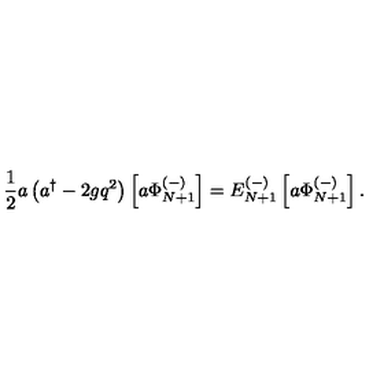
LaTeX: { \frac { 1 } { 2 } } a \left( a ^ { \dagger } - 2 g q ^ { 2 } \right) \left[ a \Phi _ { N + 1 } ^ { ( - ) } \right] = E _ { N + 1 } ^ { ( - ) } \left[ a \Phi _ { N + 1 } ^ { ( - ) } \right] .